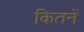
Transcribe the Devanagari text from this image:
कितनें